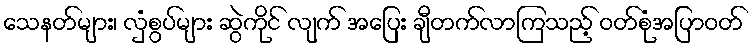
သေနတ်များ၊ လှံစွပ်များ ဆွဲကိုင် လျက် အပြေး ချီတက်လာကြသည့် ဝတ်စုံအပြာဝတ်